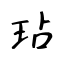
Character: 玷